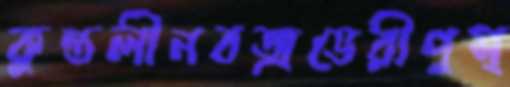
কুন্তলীনবজ্রভেরীপুস্